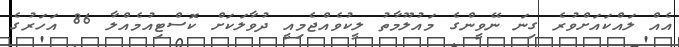
އެއް ލައްކައަށްވުރެ ގިނަ ނޭވީންގެ މައުލޫމާތު ލީކުވެއްޖެމިއީ ދުވާލަކަށް ކޮސްޓިއުމެއްލާ 86 އަހަރުގެ